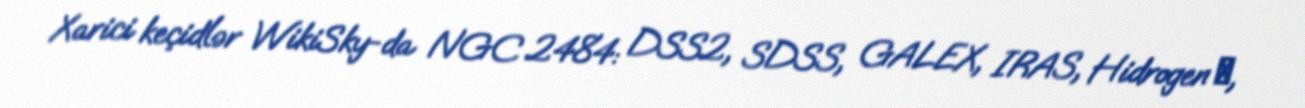
Xarici keçidlər WikiSky-da NGC 2484: DSS2, SDSS, GALEX, IRAS, Hidrogen α,